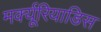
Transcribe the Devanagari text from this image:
मर्क्यूरियाडिस